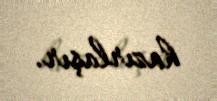
hazırlaşır.